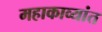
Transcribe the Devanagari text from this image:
महाकाव्यांत